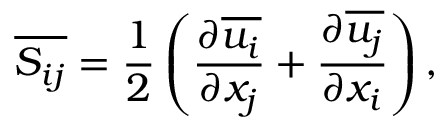
\overline { { S _ { i j } } } = \frac { 1 } { 2 } \left( \frac { \partial \overline { { u _ { i } } } } { \partial x _ { j } } + \frac { \partial \overline { { u _ { j } } } } { \partial x _ { i } } \right) ,